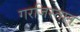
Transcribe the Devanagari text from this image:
गरजिस्तान